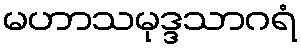
မဟာသမုဒ္ဒသာဂရံ